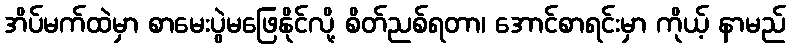
အိပ်မက်ထဲမှာ စာမေးပွဲမဖြေနိုင်လို့ စိတ်ညစ်ရတာ၊ အောင်စာရင်းမှာ ကိုယ့် နာမည်